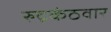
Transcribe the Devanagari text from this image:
रुद्रकंठवार